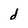
Character: d